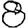
Digit: 8